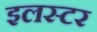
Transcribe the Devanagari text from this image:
इलस्टर